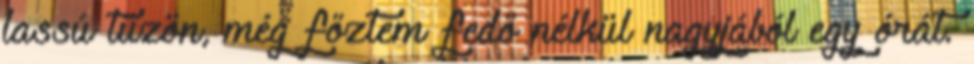
lassú tűzön, még főztem fedő nélkül nagyjából egy órát.